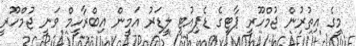
މީގެ އިތުރުން ޖުމްހޫރީ ޕާޓީގެ ޑެޕިއުޓީ ލީޑަރު އަމީން އިބްރާހީމް ވަނީ ޖުމްހޫރީ